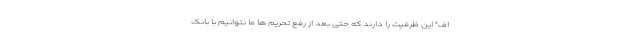
اف" این ظرفیت را دارند که حتی بعد از رفع تحریم ها ما نتوانیم با بانک